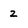
Character: z